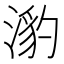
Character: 𭱯